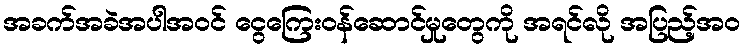
အခက်အခဲအပါအဝင် ငွေကြေးဝန်ဆောင်မှုတွေကို အရင်လို အပြည့်အဝ